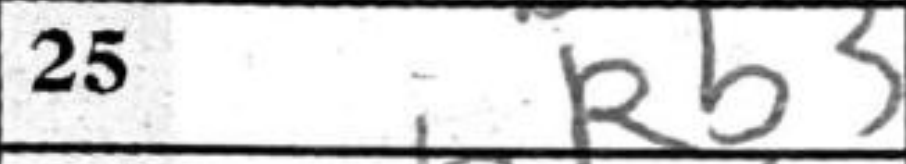
Transcription: Rb3